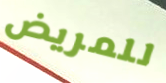
للمريض